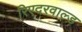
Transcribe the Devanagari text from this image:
रिएदरवाल्ड